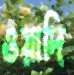
ওয়াদি